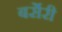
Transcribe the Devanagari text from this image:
बर्सेरी